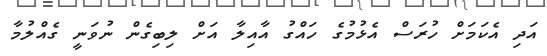
އަދި އެކަމަށް ހުރަސް އެޅުމުގެ ހައްގު އާއިލާ އަށް ލިބިގެން ނުވަނީ ގެއްލުމާ